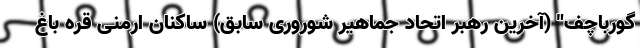
گورباچف" (آخرین رهبر اتحاد جماهیر شوروری سابق) ساکنان ارمنی قره باغ